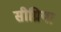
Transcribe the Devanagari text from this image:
सीग्रिया